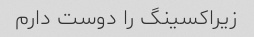
زیراکسینگ را دوست دارم